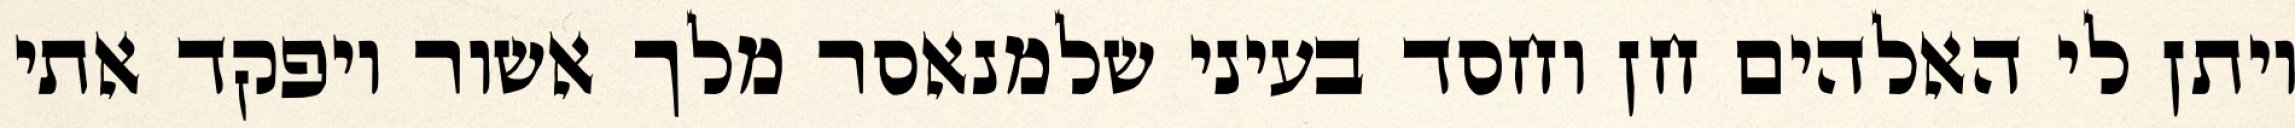
ויתן לי האלהים חן וחסד בעיני שלמנאסר מלך אשור ויפקד אתי